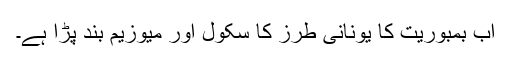
اب بمبوریت کا یونانی طرز کا سکول اور میوزیم بند پڑا ہے۔